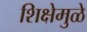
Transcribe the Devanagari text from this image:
शिक्षेमुळे